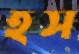
হস